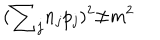
( { { \sum } _ { j } n _ { j } p _ { j } } ) ^ { 2 } { \neq } m ^ { 2 }